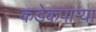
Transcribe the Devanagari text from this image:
कडेकपाऱ्या